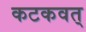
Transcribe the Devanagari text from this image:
कटकवत्